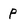
Character: p